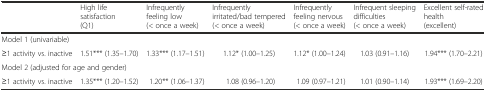
|  | High life satisfaction (Q1) | Infrequently feeling low (< once a week) | Infrequently irritated/bad tempered (< once a week) | Infrequently feeling nervous (< once a week) | Infrequent sleeping difficulties (< once a week) | Excellent self-rated health (excellent) |
 | --- | --- | --- | --- | --- | --- | --- |
 | <COLSPAN=7> Model 1 (univariable) |
 | ≥1 activity vs. inactive | 1.51*** (1.35–1.70) | 1.33*** (1.17–1.51) | 1.12* (1.00–1.25) | 1.12* (1.00–1.24) | 1.03 (0.91–1.16) | 1.94*** (1.70–2.21) |
 | <COLSPAN=7> Model 2 (adjusted for age and gender) |
 | ≥1 activity vs. inactive | 1.35*** (1.20–1.52) | 1.20** (1.06–1.37) | 1.08 (0.96–1.20) | 1.09 (0.97–1.21) | 1.01 (0.90–1.14) | 1.93*** (1.69–2.20) |